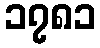
၁၇၈၁